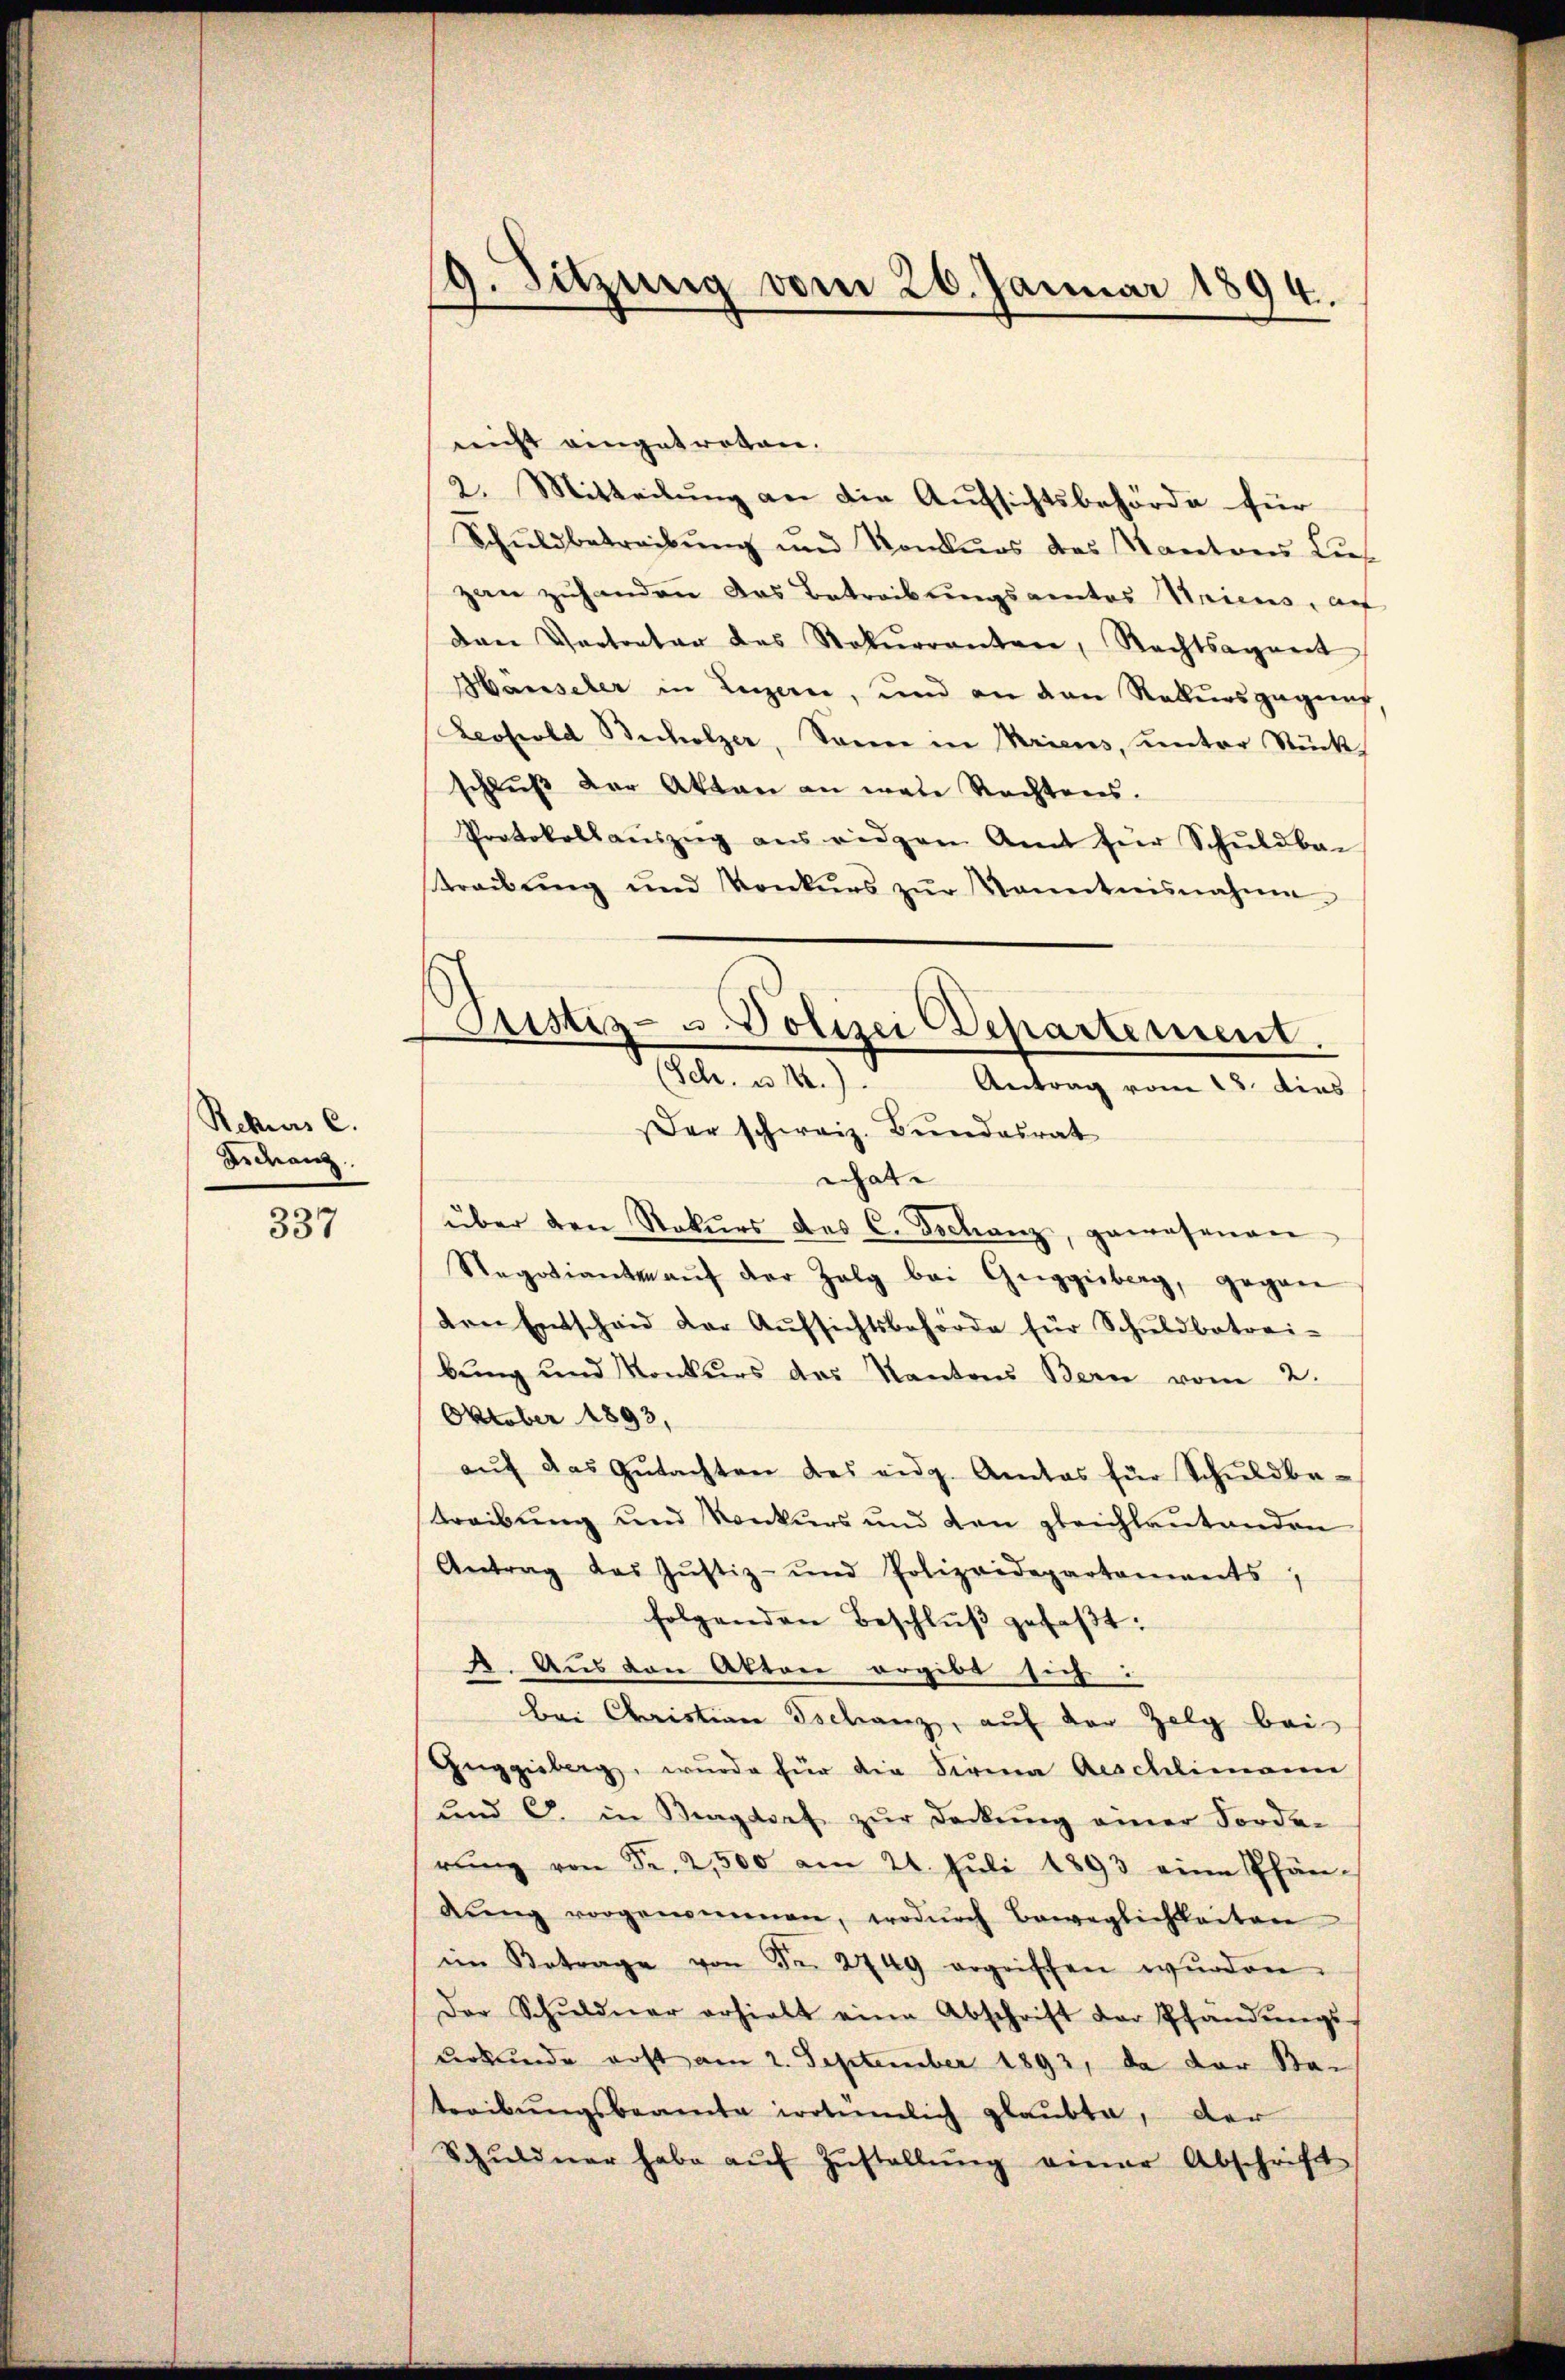
Rekurs c.
Brdrang

337

9. Sitzung vom 26. Januar 1894.

reicht eingetreten.
2. Mitteilung an die Aufsichtsbehörde für
Schuldbetreibung und Konkurs des Kantons Lief
zan zuhanden das Betreibungsamtes Seiens, au
den Vertreter des Rekurrenten, Rechtsagent
Hauseler in Luzern, und an den Rekursgagung
Leopold Bicholzer, Sonne in Kriens, unter Stück
schlŭβ der Akten an ware Rechtens.
Protokollaŭszŭg ans eidgen. Amt für Schuldba-
treibŭng und Konkŭrs zŭr Kenntnisnahme
Der schweiz. Bundesrat
nhat
über den Rekŭrs des C. Tschanz, gewesenen
Stegotiante aŭf der Zelg bei Gŭggisberg, gegen
den Entschaid der Aŭfsichtsbehörde für Schŭldbetrei-
bung und Konkurs des Kantons Bern vom 2.
Oktober 1893,
aŭf das Gŭtachten des eidg. Amtes für Schŭldba-
treibung und Konkurs und den gleichlautenden
Antrag das Jŭstiz- und Polizeidepartaments,
folgenden Beschlŭβ gefaβt:
A. Aus den Akten ergibt sich:
bei Christian Tschanz, auf der Zelg bei
Gŭggisberg, wurde für die Firma Aeschlimann
und C. in Burgdorf zŭr deckŭng einer Forde-
rŭng von Fr. 2,500 am 24. Juli 1893 eine Pfän-
dŭng vorgenommen, wodŭrch Beweglichkeiten
im Betrage von Fr. 2749 ergriffen wŭrden.
Der Schŭldner erhielt eine Abschrift der Pfandŭngs-
urkunde erst am 2. September 1892, da der Sta-
treibŭngsbeamte irrtümlich glaubte, der
Schŭldner habe aŭf Zŭstellŭng einer Abschrift

Justiz- u. Polizei Departement.
Sch. u. 14.)
Antrag vom 13. dies